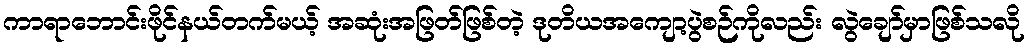
ကာရာဘောင်းဖိုင်နယ်တက်မယ့် အဆုံးအဖြတ်ဖြစ်တဲ့ ဒုတိယအကျော့ပွဲစဉ်ကိုလည်း လွဲချော်မှာဖြစ်သလို